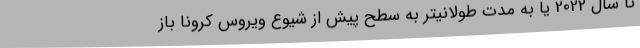
تا سال 2022 یا به مدت طولانیتر به سطح پیش از شیوع ویروس کرونا باز